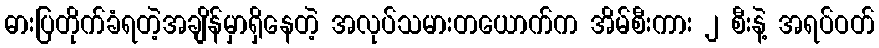
ဓားပြတိုက်ခံရတဲ့အချိန်မှာရှိနေတဲ့ အလုပ်သမားတယောက်က အိမ်စီးကား ၂ စီးနဲ့ အရပ်ဝတ်